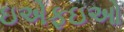
ઇએફઇઓ